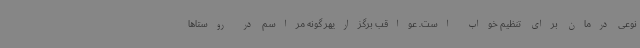
نوعی درمان برای تنظیم خواب است. عواقب برگزاریهر گونه مراسم در روستاها